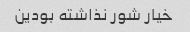
خیار شور نذاشته بودین